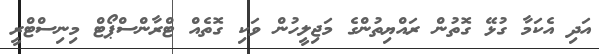
އަދި އެކަމާ ގުޅޭ ގޮތުން ރައްޔިތުންގެ މަޖިލީހުން ވަކި ގޮތެއް ޓްރާންސްޕޯޓް މިނިސްޓްރީ